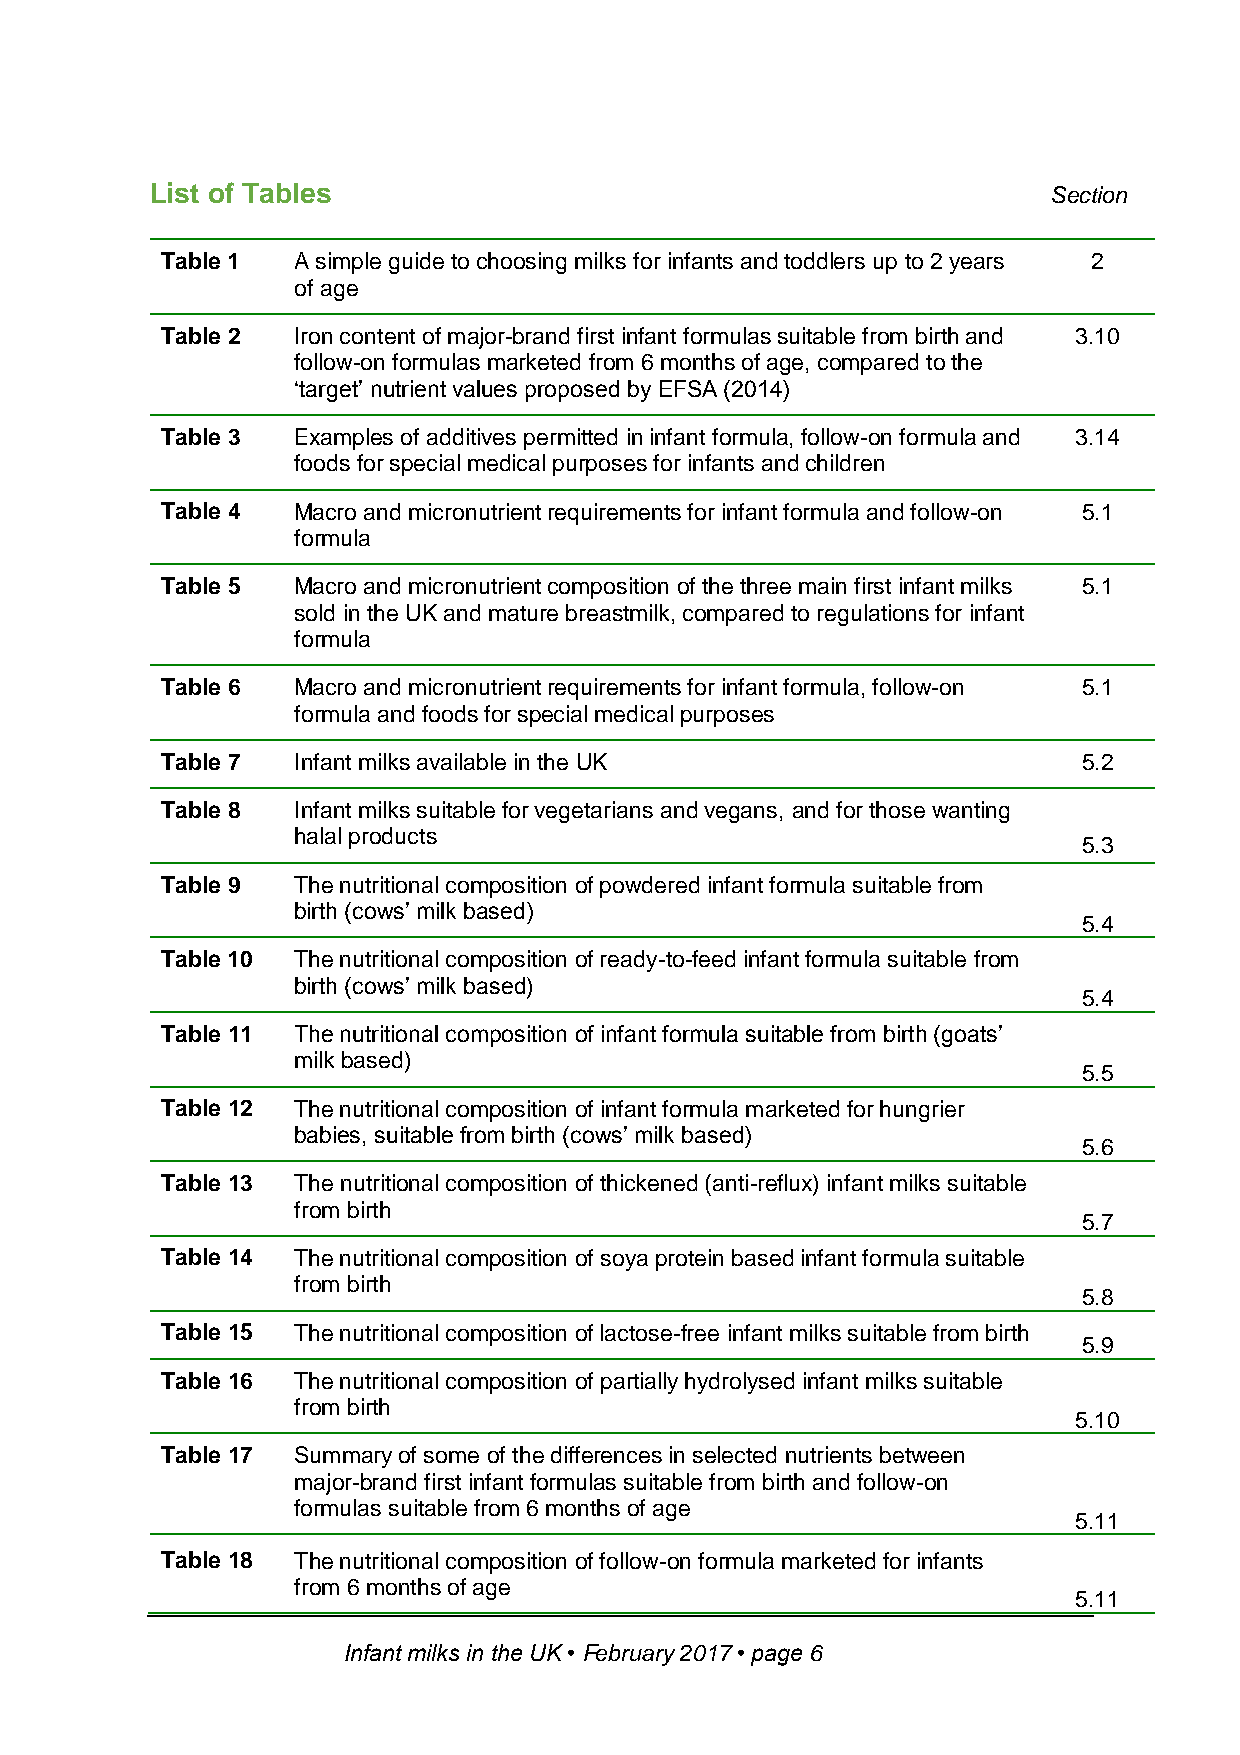
List of Tables                                              Section
 Table 1 A simple guide to choosing milks for infants and toddlers up to 2 years 2
 of age
 Table 2 Iron content of major-brand first infant formulas suitable from birth and 3.10
 follow-on formulas marketed from 6 months of age, compared to the
 ‘target’ nutrient values proposed by EFSA (2014)
 Table 3 Examples of additives permitted in infant formula, follow-on formula and 3.14
 foods for special medical purposes for infants and children
 Table 4 Macro and micronutrient requirements for infant formula and follow-on 5.1
 formula
 Table 5 Macro and micronutrient composition of the three main first infant milks 5.1
 sold in the UK and mature breastmilk, compared to regulations for infant
 formula
 Table 6 Macro and micronutrient requirements for infant formula, follow-on 5.1
 formula and foods for special medical purposes
 Table 7 Infant milks available in the UK                     5.2
 Table 8 Infant milks suitable for vegetarians and vegans, and for those wanting
 halal products
 5.3
 Table 9 The nutritional composition of powdered infant formula suitable from
 birth (cows’ milk based)
 5.4
 Table 10 The nutritional composition of ready-to-feed infant formula suitable from
 birth (cows’ milk based)
 5.4
 Table 11 The nutritional composition of infant formula suitable from birth (goats’
 milk based)
 5.5
 Table 12 The nutritional composition of infant formula marketed for hungrier
 babies, suitable from birth (cows’ milk based)
 5.6
 Table 13 The nutritional composition of thickened (anti-reflux) infant milks suitable
 from birth
 5.7
 Table 14 The nutritional composition of soya protein based infant formula suitable
 from birth
 5.8
 Table 15 The nutritional composition of lactose-free infant milks suitable from birth
 5.9
 Table 16 The nutritional composition of partially hydrolysed infant milks suitable
 from birth
 5.10
 Table 17 Summary of some of the differences in selected nutrients between
 major-brand first infant formulas suitable from birth and follow-on
 formulas suitable from 6 months of age
 5.11
 Table 18 The nutritional composition of follow-on formula marketed for infants
 from 6 months of age
 5.11
 Infant milks in the UK • February 2017 • page 6